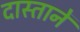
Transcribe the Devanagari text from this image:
दास्तानें